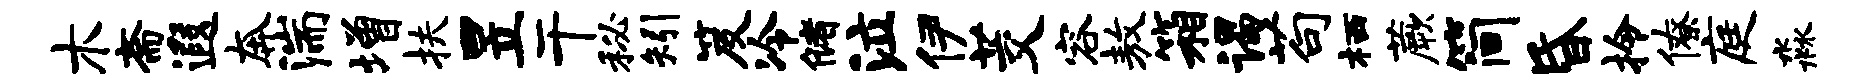
木斋遐奔湍增扶昱干秘矧笈冷储泣伊茭容敖箱谒苟栖蕨简昏拎僚庭淼